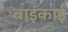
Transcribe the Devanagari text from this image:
बाइकाई